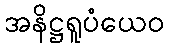
အနိဋ္ဌရူပံယေဝ